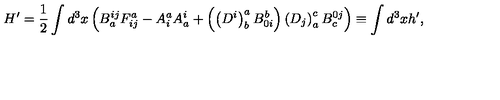
H ^ { \prime } = \frac 1 2 \int d ^ { 3 } x \left( B _ { a } ^ { i j } F _ { i j } ^ { a } - A _ { i } ^ { a } A _ { a } ^ { i } + \left( \left( D ^ { i } \right) _ { b } ^ { a } B _ { 0 i } ^ { b } \right) \left( D _ { j } \right) _ { a } ^ { c } B _ { c } ^ { 0 j } \right) \equiv \int d ^ { 3 } x h ^ { \prime } ,